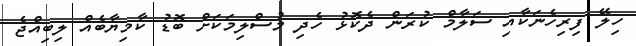
ހިލޭ ފިރިހެނަކާއި ސަލާމް ކުރަން ދެކޮޅު ހެދި މުސްލިމަކަށް ބޮޑު ކާމިޔާބެއް ލިބިއްޖެ